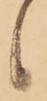
候